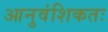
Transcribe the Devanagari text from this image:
आनुवंशिकतः